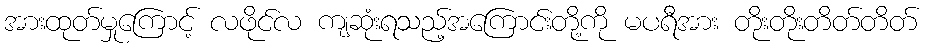
အားထုတ်မှုကြောင့် လဖိုင်လ ကျဆုံးရသည့်အကြောင်းတို့ကို မပရီအား တိုးတိုးတိတ်တိတ်